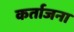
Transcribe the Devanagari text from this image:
कर्ताजना